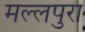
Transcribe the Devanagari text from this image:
मल्लपुरा